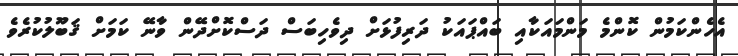
އެހެންކަމުން ކޮންމެ މަންމައަކާއި ބައްޕައަކު ދަރިފުޅަށް ދިވެހިބަސް ދަސްކޮށްދޭން ވާނޭ ކަމަށް ޤަބޫލުކުރެވެ